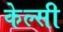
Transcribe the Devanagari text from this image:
केल्सी